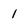
Character: 1